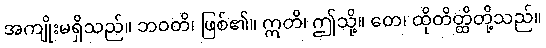
အကျိုးမရှိသည်။ ဘဝတိ၊ ဖြစ်၏။ ဣတိ၊ ဤသို့။ တေ၊ ထိုတိတ္ထိတို့သည်။